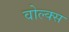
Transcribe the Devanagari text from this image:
वोल्क्स